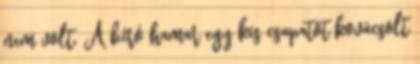
nem volt. A bíró hamar egy kis csapatot kovácsolt